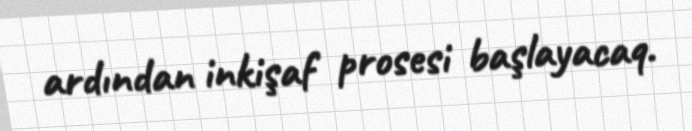
ardından inkişaf prosesi başlayacaq.